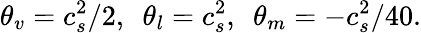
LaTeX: {\theta_{v}}=c_{s}^{2}/2,~~{\theta_{l}}=c_{s}^{2},~~{\theta_{m}}=-c_{s}^{2}/40.